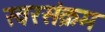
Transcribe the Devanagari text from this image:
स्वरसंक्रम